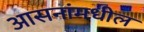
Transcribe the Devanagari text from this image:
आसनांमधील